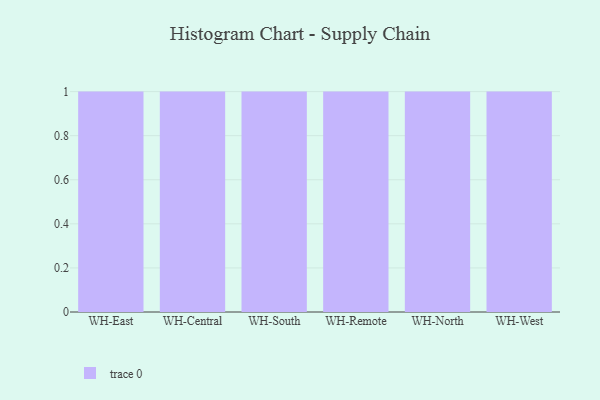
{"axis": {"x": "Warehouse", "y": "Population (Million)"}, "legend": [""], "data": [{"x": "WH-East", "y": 87, "type": ""}, {"x": "WH-Central", "y": 50, "type": ""}, {"x": "WH-South", "y": 66, "type": ""}, {"x": "WH-Remote", "y": 64, "type": ""}, {"x": "WH-North", "y": 74, "type": ""}, {"x": "WH-West", "y": 86, "type": ""}]}